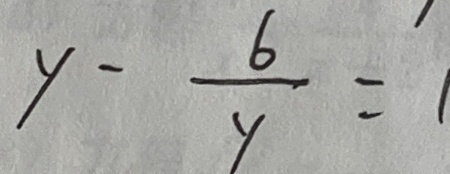
y - \frac { 6 } { y } = 1